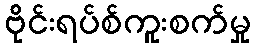
ဗိုင်းရပ်စ်ကူးစက်မှု